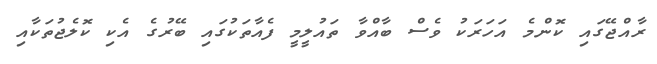
ރާއްޖޭގައި ކޮންމެ އަހަރަކު ވެސް ބާއްވާ ތައުލީމީ ފެއާތަކުގައި ބޭރުގެ އެކި ކޮލެޖުތަކާއި